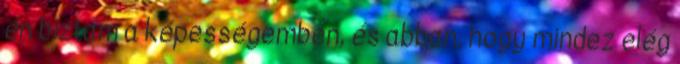
én bíztam a képességemben, és abban, hogy mindez elég